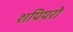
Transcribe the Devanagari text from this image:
शपियरो